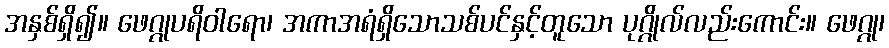
အနှစ်ရှိ၍။ ဖေဂ္ဂုပရိဝါရော၊ အကာအရံရှိသောသစ်ပင်နှင့်တူသော ပုဂ္ဂိုလ်လည်းကောင်း။ ဖေဂ္ဂု၊